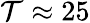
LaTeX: \mathcal{T}\approx25